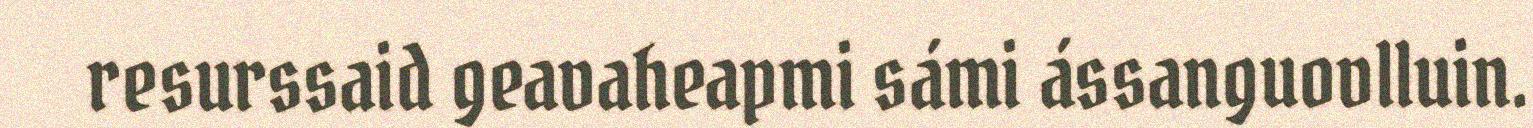
resurssaid geavaheapmi sámi ássanguovlluin.